Report on the treatment of epidemic cholera: from information collected by the governments of Bengal, Madras, Bombay, N.W. Provinces, Punjab, Oudh, and Central India, by order of the Government of India
Disease focus: Cholera
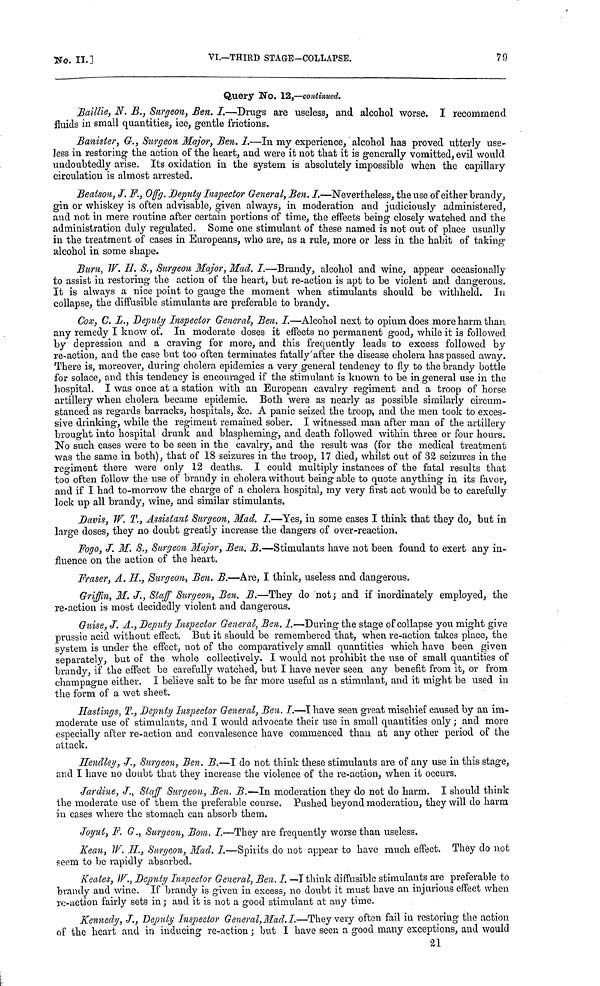
No. II.]
VI.—THIRD STAGE-COLLAPSE.
79
Query No. 12,—continued.
Baillie, Ν, Β., Surgeon, Ben. I.—Drugs are useless, and alcohol worse. I recommend
fluids in small quantities, ice, gentle frictions.
Banister, G., Surgeon Mayor, Ben. I.—In my experience, alcohol has proved utterly use-
less in restoring the action of the heart, and were it not that it is generally vomitted, evil would
undoubtedly arise. Its oxidation in the system is absolutely impossible when the capillary
circulation is almost arrested.
Beatson, J. F., Offg. Deputy Inspector General, Ben. I.—Nevertheless, the use of either brandy,
gin or whiskey is often advisable, given always, in moderation and judiciously administered,
and not in mere routine after certain portions of time, the effects being closely watched and the
administration duly regulated. Some one stimulant of these named is not out of place usually
in the treatment of cases in Europeans, who are, as a rule, more or less in the habit of taking-
alcohol in some shape.
Burn, W. H S., Surgeon Major, Mad. I.—Brandy, alcohol and wine, appear occasionally
to assist in restoring the action of the heart, but re-action is apt to be violent and dangerous.
It is always a nice point to gauge the moment when stimulants should be withheld. In
collapse, the diffusible stimulants are preferable to brandy.
Cox, C. L., Deputy Inspector General, Ben. I.—Alcohol next to opium does more harm than
any remedy I know of. In moderate doses it effects no permanent good, while it is followed
by depression and a craving for more, and this frequently leads to excess followed by
re-action, and the case but too often terminates fatally after the disease cholera has passed away.
There is, moreover, during cholera epidemics a very general tendency to fly to the brandy bottle
for solace, and this tendency is encouraged if the stimulant is known to be in general use in the
hospital. I was once at a station with an European cavalry regiment and a troop of horse
artillery when cholera became epidemic. Both were as nearly as possible similarly circum-
stanced as regards barracks, hospitals, &c. A panic seized the troop, and the men took to exces-
sive drinking, while the regiment remained sober. I witnessed man after man of the artillery
brought into hospital drunk and blaspheming, and death followed within three or four hours.
No such cases were to be seen in the cavalry, and the result was (for the medical treatment
was the same in both), that of 18 seizures in the troop, 17 died, whilst out of 32 seizures in the
regiment there were only 12 deaths. I could multiply instances of the fatal results that
too often follow the use of brandy in cholera without being able to quote anything in its favor,
and if I had to-morrow the charge of a cholera hospital, my very first act would be to carefully
lock up all brandy, wine, and similar stimulants.
Davis, W. T., Assistant Surgeon, Mad. I.—Yes, in some cases I think that they do, but in
large doses, they no doubt greatly increase the dangers of over-reaction.
Fogo, J. M. S., Surgeon Major, Ben. B.—Stimulants have not been found to exert any in-
fluence on the action of the heart.
Fraser, A. H., Surgeon, Ben. B.—Are, I think, useless and dangerous.
Griffin, M. J., Staff Surgeon, Ben. B.—They do not; and if inordinately employed, the
re-action is most decidedly violent and dangerous.
Guise, J. A., Deputy Inspector General, Ben. I.—During the stage of collapse you might give
prussic acid without effect. But it should be remembered that, when re-action takes place, the
system is under the effect, not of the comparatively small quantities which have been given
separately, but of the whole collectively. I would not prohibit the use of small quantities of
brandy, if the effect be carefully watched, but I have never seen any benefit from it, or from
champagne either. I believe salt to be far more useful as a stimulant, and it might be used in
the form of a wet sheet.
Hastings, T., Deputy Inspector General, Ben. I.—I have seen great mischief caused by an im-
moderate use of stimulants, and I would advocate their use in small quantities only ; and more
especially after re-action and convalesence have commenced than at any other period of the
attack.
Hendley, J., Surgeon, Ben. B.—I do not think these stimulants are of any use in this stage,
and I have no doubt that they increase the violence of the re-action, when it occurs.
Jardine, J., Staff Surgeon, Ben. B.—In moderation they do not do harm. I should think
the moderate use of them the preferable course. Pushed beyond moderation, they will do harm
in cases where the stomach can absorb them.
Joynt, F. G., Surgeon, Bom, I.—They are frequently worse than useless.
Kean, W. H,, Surgeon, Mad. I.—Spirits do not appear to have much effect. They do not
seem to be rapidly absorbed.
Keates, W., Deputy Inspector General, Ben. I. —I think diffusible stimulants are preferable to
brandy and wine. If brandy is given in excess, no doubt it must have an injurious effect when
re-action fairly sets in ; and it is not a good stimulant at any time.
Kennedy, J., Deputy Inspector General, Mad. I.—They very often fail in restoring the action
of the heart and in inducing re-action ; but I have seen a good many exceptions, and would
21